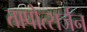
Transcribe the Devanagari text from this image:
तापोत्सर्जन